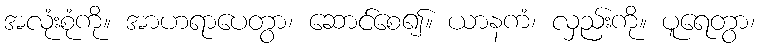
အလုံးစုံကို။ အာဟရာပေတွာ၊ ဆောင်စေ၍။ ယာနကံ၊ လှည်းကို။ ပူရေတွာ၊